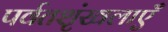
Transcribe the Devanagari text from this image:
पर्वतशृंखलाएँ